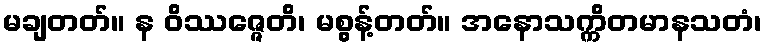
မချတတ်။ န ဝိဿဇ္ဇေတိ၊ မစွန့်တတ်။ အနောသက္ကိတမာနသတံ၊